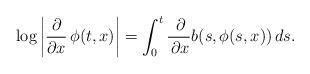
LaTeX: \begin{align*}\log\left|\dfrac{\partial}{\partial x}\, \phi(t, x)\right|=\int_0^t\frac{\,\partial}{\,\partial x}b(s,\phi(s,x))\,ds.\end{align*}